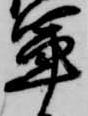
軍